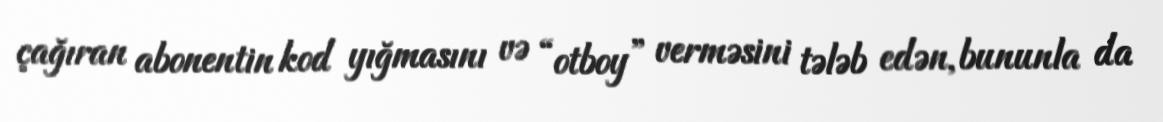
çağıran abonentin kod yığmasını və “otboy” verməsini tələb edən, bununla da